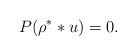
LaTeX: \begin{gather*}P(\rho^* * u)=0.\end{gather*}